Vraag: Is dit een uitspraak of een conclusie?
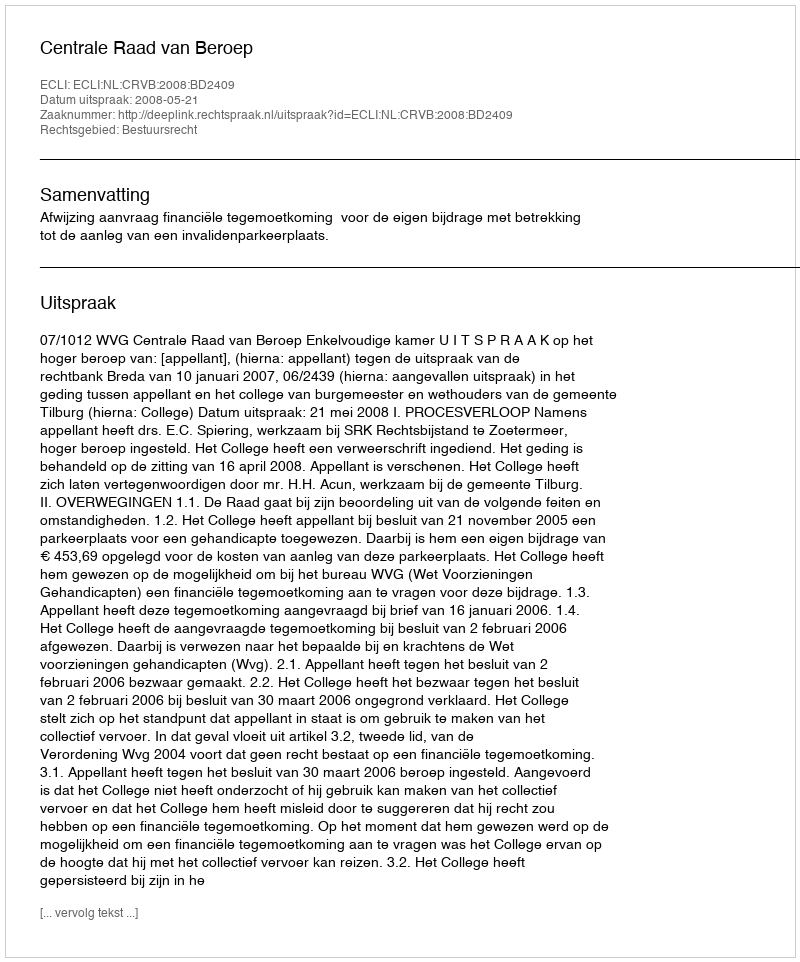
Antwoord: Uitspraak